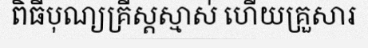
ពិធីបុណ្យគ្រីស្តស្មាស់ ហើយគ្រួសារ